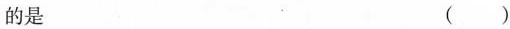
的是 ( )